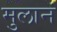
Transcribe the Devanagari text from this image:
मुलानं